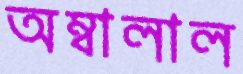
অম্বালাল